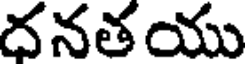
దనతయు